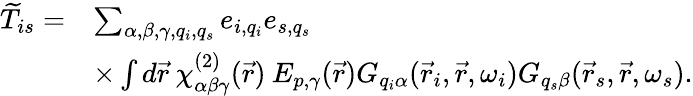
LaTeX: \begin{array}{rl}{\widetilde{T}_{is}=}&{\sum_{\alpha,\beta,\gamma,q_{i},q_{s}}e_{i,q_{i}}e_{s,q_{s}}}\\ &{\times\int d\vec{r}\: \chi_{\alpha\beta\gamma}^{(2)}(\vec{r})\: E_{p,\gamma}(\vec{r})G_{q_{i}\alpha}(\vec{r}_{i},\vec{r},\omega_{i})G_{q_{s}\beta}(\vec{r}_{s},\vec{r},\omega_{s}).}\end{array}